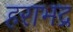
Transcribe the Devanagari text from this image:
हराभद्र